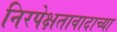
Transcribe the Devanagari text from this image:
निरपेक्षतावादाच्या